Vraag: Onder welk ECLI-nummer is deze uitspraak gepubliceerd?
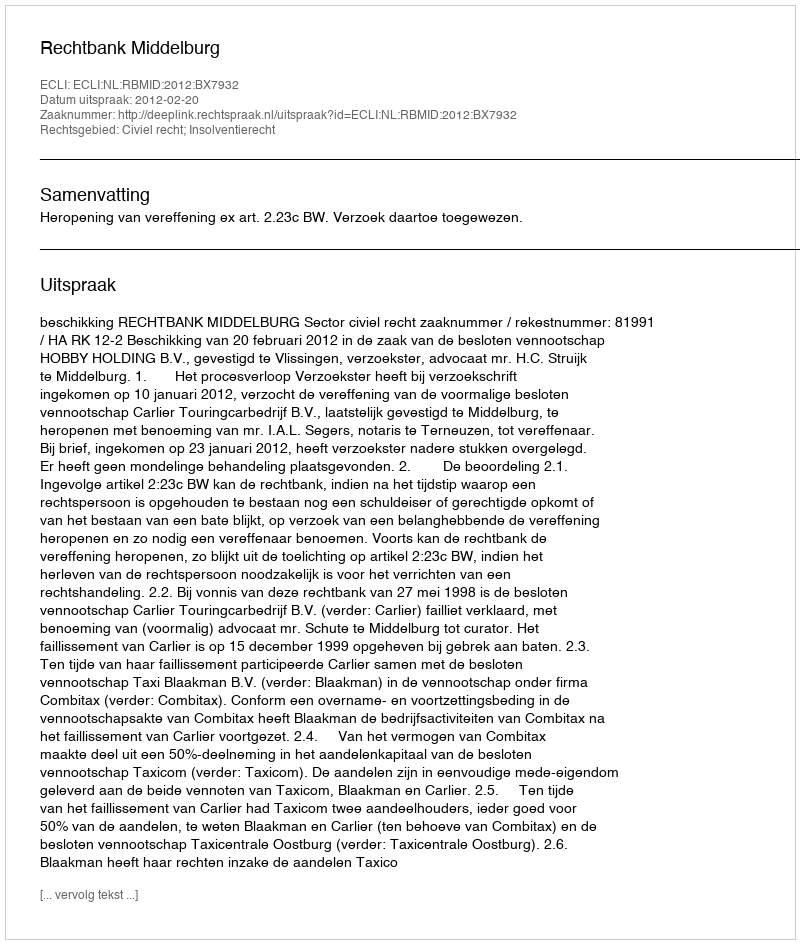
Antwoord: ECLI:NL:RBMID:2012:BX7932